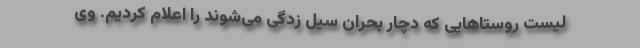
لیست روستا‌هایی که دچار بحران سیل زدگی می‌شوند را اعلام کردیم. وی